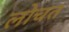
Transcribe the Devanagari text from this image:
लोचत